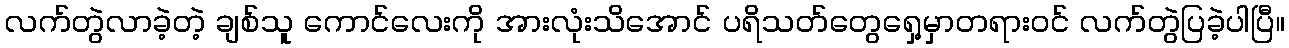
လက်တွဲလာခဲ့တဲ့ ချစ်သူ ကောင်လေးကို အားလုံးသိအောင် ပရိသတ်တွေရှေ့မှာတရားဝင် လက်တွဲပြခဲ့ပါပြီ။